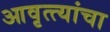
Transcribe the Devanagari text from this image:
आवृत्त्यांचा